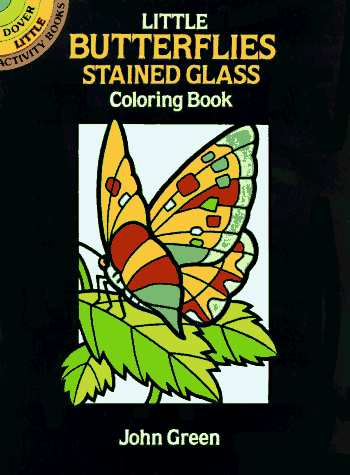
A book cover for Little Butterflies Stained Glass Coloring Book (Dover Stained Glass Coloring Book); John Green; Children's Books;